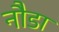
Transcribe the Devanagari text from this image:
नौडा